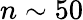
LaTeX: n\sim 50